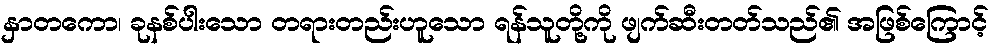
နှာတကော၊ ခုနစ်ပါးသော တရားတည်းဟူသော ရန်သူတို့ကို ဖျက်ဆီးတတ်သည်၏ အဖြစ်ကြောင့်